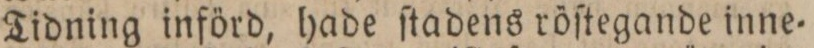
Tidning införd, hade ſtadens röſtegande inne=